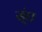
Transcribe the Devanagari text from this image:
स्ंघ